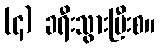
(၄) ခရီးသွားပြီးစ။